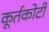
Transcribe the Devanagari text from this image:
कूर्तकोटी